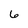
Character: 6